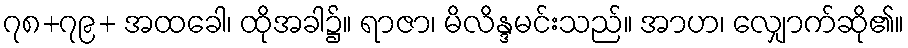
၇၈+၇၉+ အထခေါ၊ ထိုအခါ၌။ ရာဇာ၊ မိလိန္ဒမင်းသည်။ အာဟ၊ လျှောက်ဆို၏။